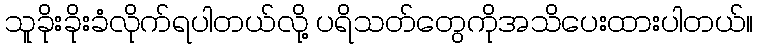
သူခိုးခိုးခံလိုက်ရပါတယ်လို့ ပရိသတ်တွေကိုအသိပေးထားပါတယ်။